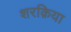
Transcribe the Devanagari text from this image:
शरक़िया